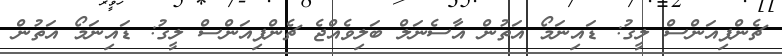
ޗެންޕިއަންސް ލީގު: ޑައިނަމޯ އަތުން އާސެނަލް ބަލިވެއްޖެ ޗެންޕިއަންސް ލީގު: ޑައިނަމޯ އަތުން